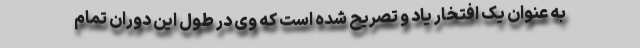
به عنوان یک افتخار یاد و تصریح شده است که وی در طول این دوران تمام